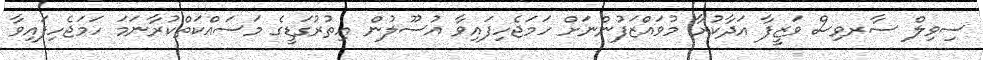
ސިވިލް ސާރވިސް ވަޒީފާ އަދާކުރާ މުވައްޒަފުންނަށް ހަމަޖެހިފައިވާ އުސޫލުން އިތުރުގަޑީގެ މަސައްކަތްކުރާނަމަ ހަމަޖެހިފައިވާ